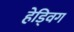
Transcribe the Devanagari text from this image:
हेड्विग